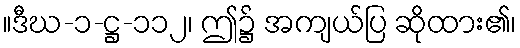
။ဒီဃ-၁-ဋ္ဌ-၁၁၂၊ ဤ၌ အကျယ်ပြ ဆိုထား၏၊